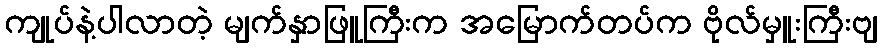
ကျုပ်နဲ့ပါလာတဲ့ မျက်နှာဖြူကြီးက အမြောက်တပ်က ဗိုလ်မှူးကြီးဗျ